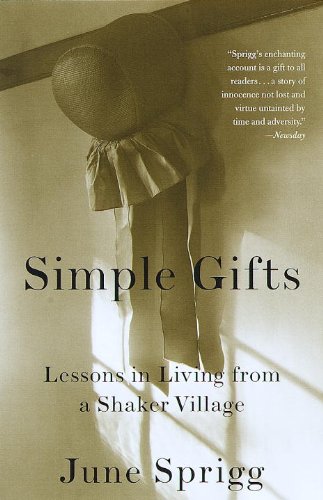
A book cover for Simple Gifts: Lessons in Living from a Shaker Village; June Sprigg; Christian Books & Bibles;